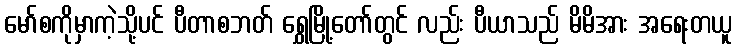
မော်စကိုမှာကဲ့သို့ပင် ပီတာစဘတ် ရွှေမြို့တော်တွင် လည်း ပီယာသည် မိမိအား အရေးတယူ